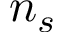
n _ { s }